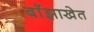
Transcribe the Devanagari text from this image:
बाँझाखेत